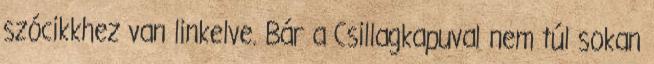
szócikkhez van linkelve. Bár a Csillagkapuval nem túl sokan